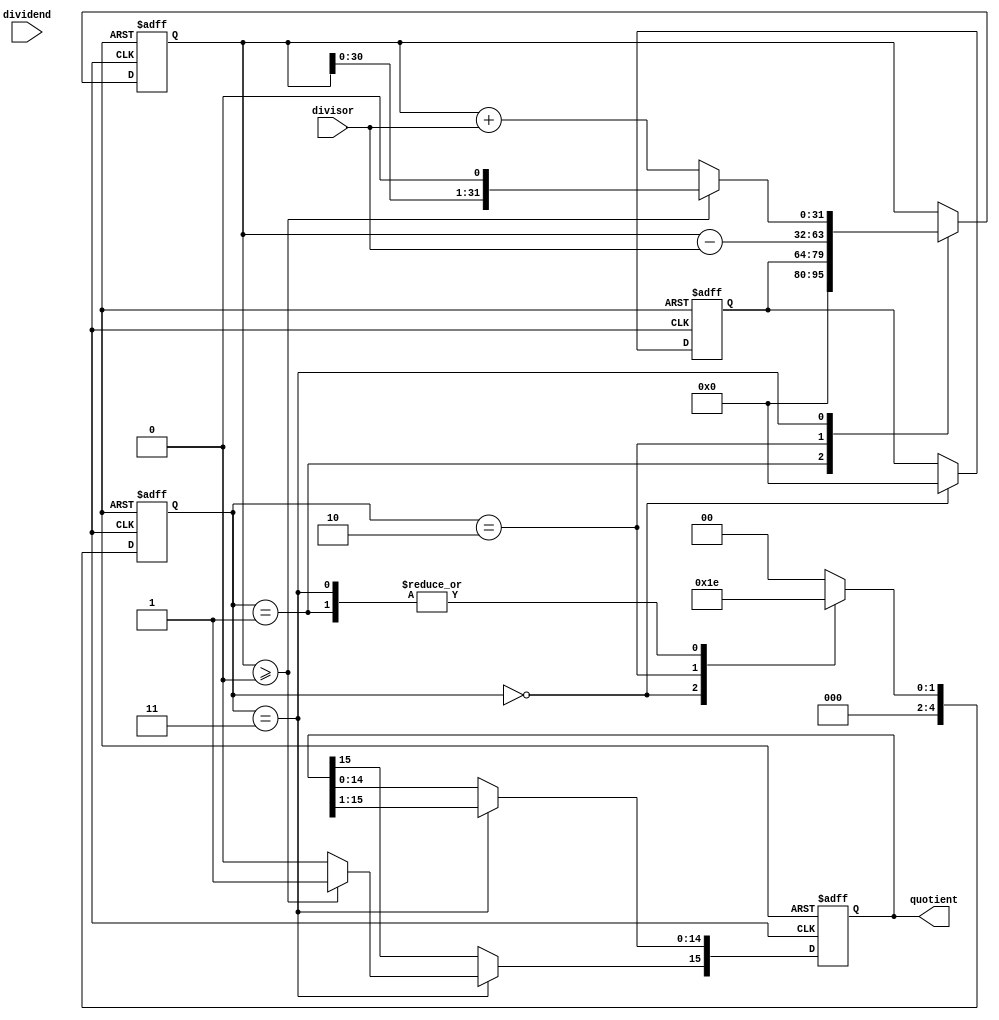
module Pipelined_Divider (
    input [31:0] dividend,
    input [15:0] divisor,
    output reg [15:0] quotient
);

reg [31:0] remainder;
reg [15:0] temp_dividend;
reg [4:0] stage;

always @ (posedge clk or negedge rst) begin
    if (!rst) begin
        stage <= 0;
        remainder <= 0;
        temp_dividend <= 0;
        quotient <= 0;
    end else begin
        case(stage)
            0: begin
                temp_dividend <= {dividend, 16'b0}; // make dividend 32 bits
                stage <= 1;
            end
            1: begin
                remainder <= temp_dividend;
                stage <= 2;
            end
            2: begin
                remainder <= remainder - divisor;
                stage <= 3;
            end
            3: begin
                if (remainder >= 0) begin
                    quotient[15] <= 1;
                    remainder <= remainder << 1;
                end else begin
                    quotient[15] <= 0;
                    remainder <= remainder + divisor;
                end
                quotient[14:0] <= quotient[15:1];
                stage <= 2;
            end
            default: stage <= 0;
        endcase
    end
end

endmodule